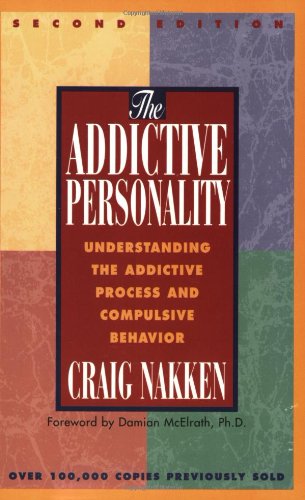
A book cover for The Addictive Personality: Understanding the Addictive Process and Compulsive Behavior; Craig Nakken; Health, Fitness & Dieting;